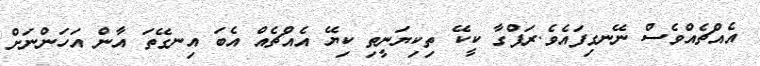
އެއްޗެއްވެސް ނޭނގިފައެވެ.ރަފްގާ ކީކޭ ތިކިޔަނީތި ކިޔޭ އެއްޗެއް އެބަ އިނގޭތަ އާން އަހަންނަށް